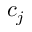
c _ { j }